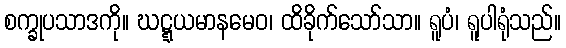
စက္ခုပသာဒကို။ ဃဋ္ဋယမာနမေဝ၊ ထိခိုက်သော်သာ။ ရူပံ၊ ရူပါရုံသည်။